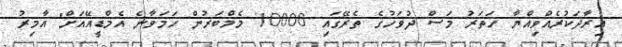
އިރާދަކުރެއްވިއްޔާ ހަތަރު މަސް ދުވަހުގެ ތެރޭގައި 10000 މެމްބަރުން ހަމަވާނެ އެމްޑީއޭއަށް" އާމިރު